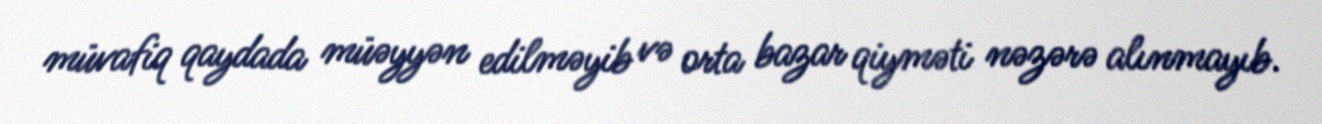
müvafiq qaydada müəyyən edilməyib və orta bazar qiyməti nəzərə alınmayıb.